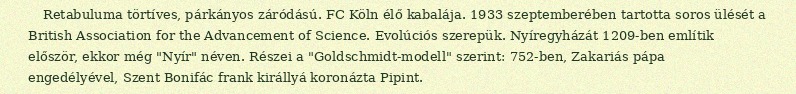
Retabuluma törtíves, párkányos záródású. FC Köln élő kabalája. 1933 szeptemberében tartotta soros ülését a British Association for the Advancement of Science. Evolúciós szerepük. Nyíregyházát 1209-ben említik először, ekkor még "Nyír" néven. Részei a "Goldschmidt-modell" szerint: 752-ben, Zakariás pápa engedélyével, Szent Bonifác frank királlyá koronázta Pipint.